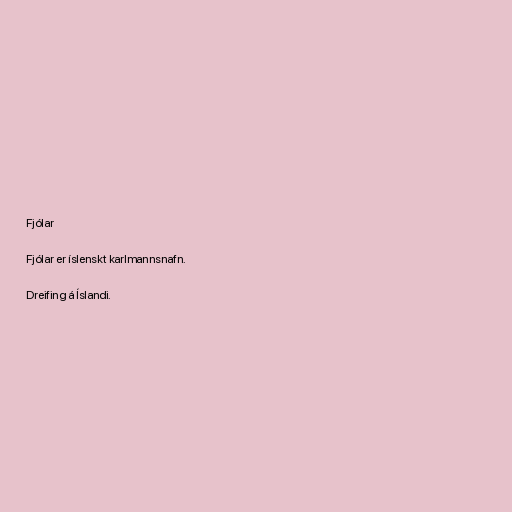
Fjólar

Fjólar er íslenskt karlmannsnafn.

Dreifing á Íslandi.